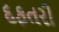
દફતરી